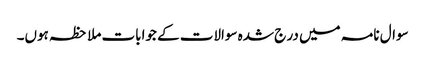
سوال نامہ میں در ج شدہ سوالات کے جوابات ملاحظہ ہوں۔